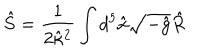
LaTeX: \hat { S } = \frac { 1 } { 2 \hat { \kappa } { } ^ { 2 } } \int d ^ { 5 } \hat { x } \sqrt { - \hat { g } } \hat { R }